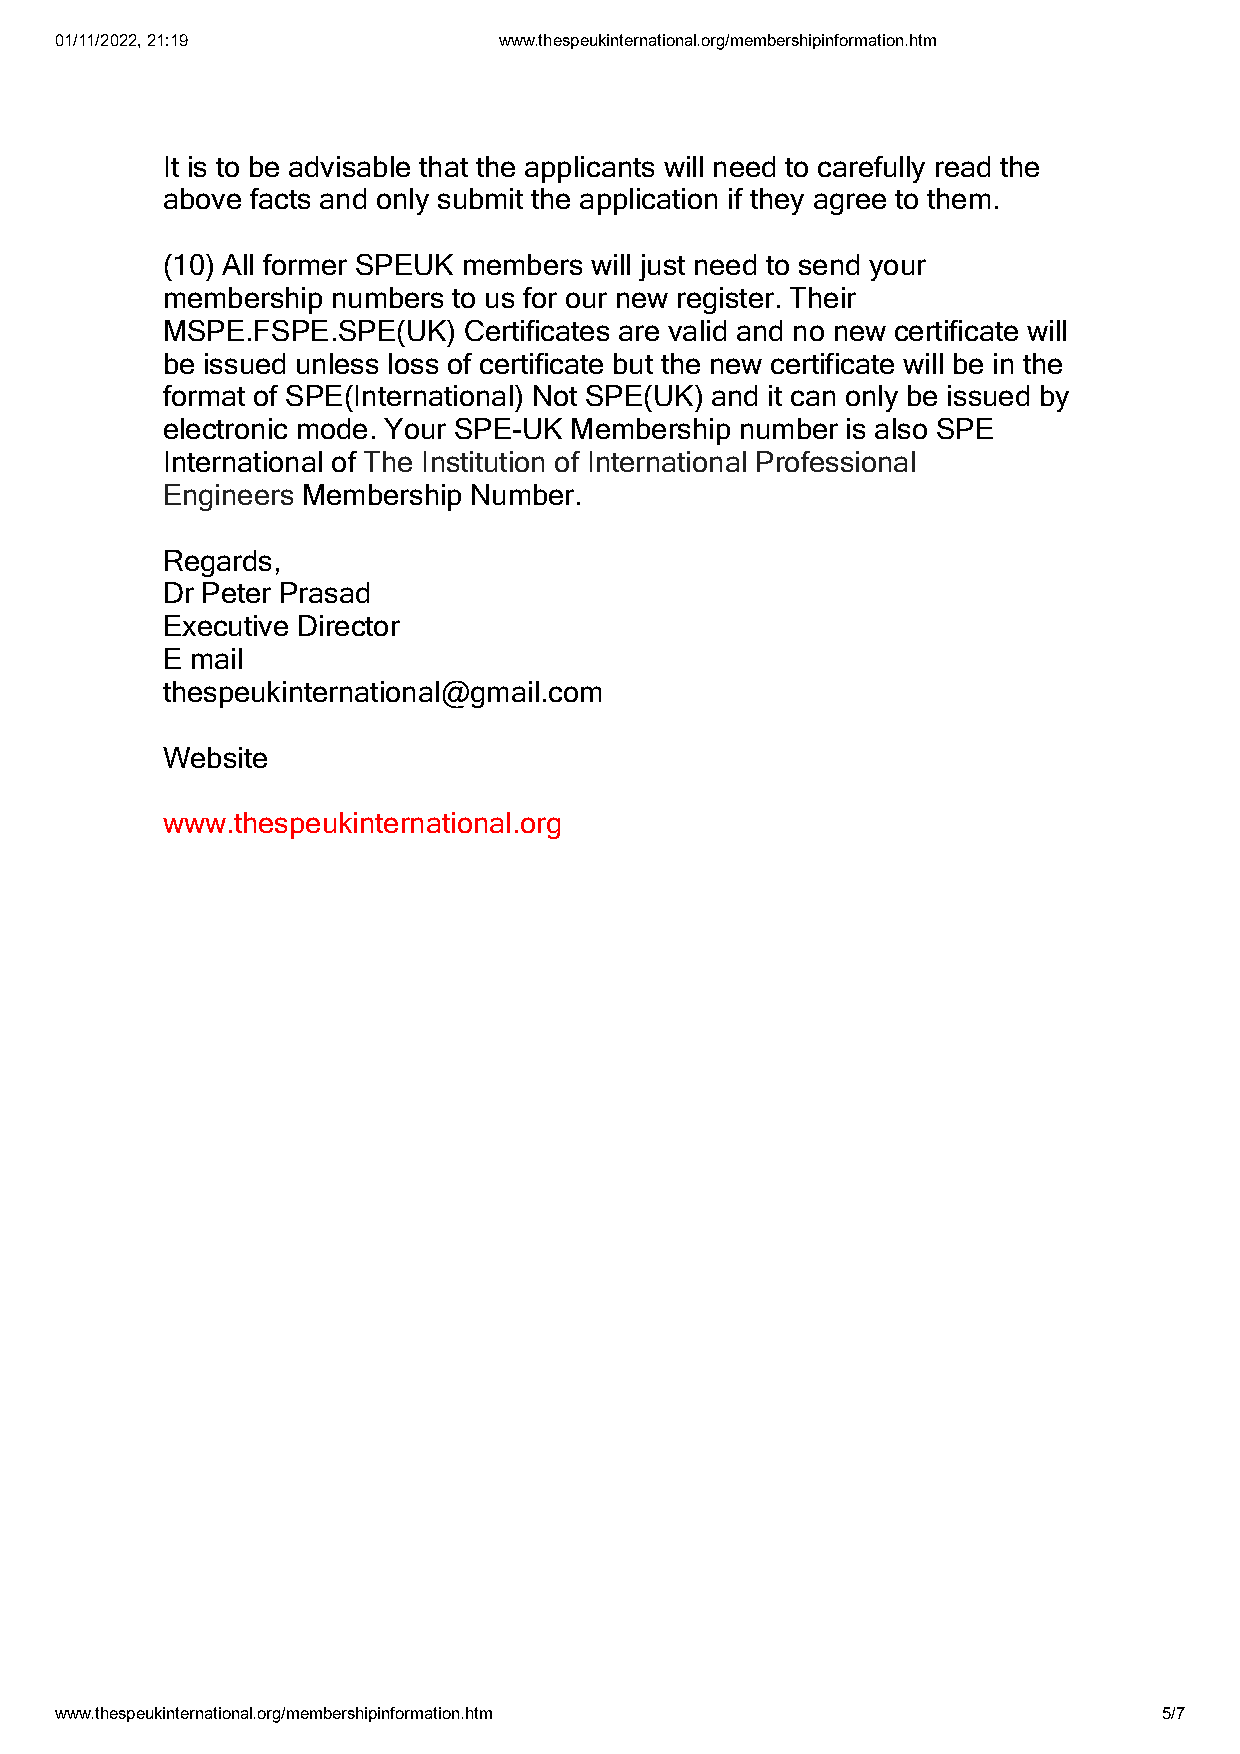
01/11/2022, 21:19            www.thespeukinternational.org/membershipinformation.htm
 It is to be advisable that the applicants will need to carefully read the
 above facts and only submit the application if they agree to them.
 (10) All former SPEUK members will just need to send your
 membership numbers to us for our new register. Their
 MSPE.FSPE.SPE(UK)   Certificates are valid and no new certificate will
 be issued unless loss of certificate but the new certificate will be in the
 format of SPE(International) Not SPE(UK) and it can only be issued by
 electronic mode. Your SPE-UK Membership number is also SPE
 International of The Institution of International Professional
 Engineers Membership Number.
 Regards,
 Dr Peter Prasad
 Executive Director
 E mail
 thespeukinternational@gmail.com
 Website
 www.thespeukinternational.org
 www.thespeukinternational.org/membershipinformation.htm                  5/7